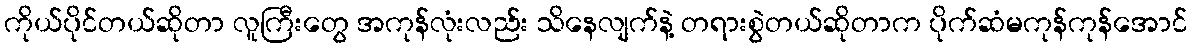
ကိုယ်ပိုင်တယ်ဆိုတာ လူကြီးတွေ အကုန်လုံးလည်း သိနေလျက်နဲ့ တရားစွဲတယ်ဆိုတာက ပိုက်ဆံမကုန်ကုန်အောင်